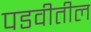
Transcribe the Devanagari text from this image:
पडवीतील